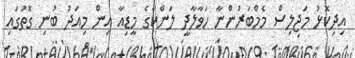
އިދިކޮޅު މަޖިލިސް މެމްބަރުންނާ ހަވާލާދީ ލަންކާގެ މީޑިއާ އިން މިއަދު ބުނި ގޮތުގައި